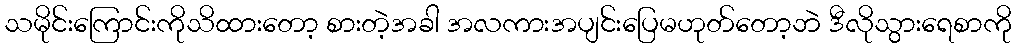
သမိုင်းကြောင်းကိုသိထားတော့ စားတဲ့အခါ အလကားအပျင်းပြေမဟုတ်တော့ဘဲ ဒီလိုသွားရေစာကို